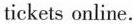
tickets online